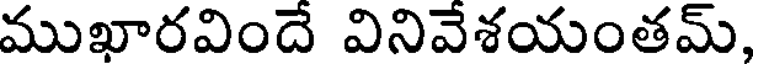
ముఖారవిందే వినివేశయంతమ్,